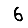
Digit: 6